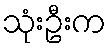
သုံးဦးက